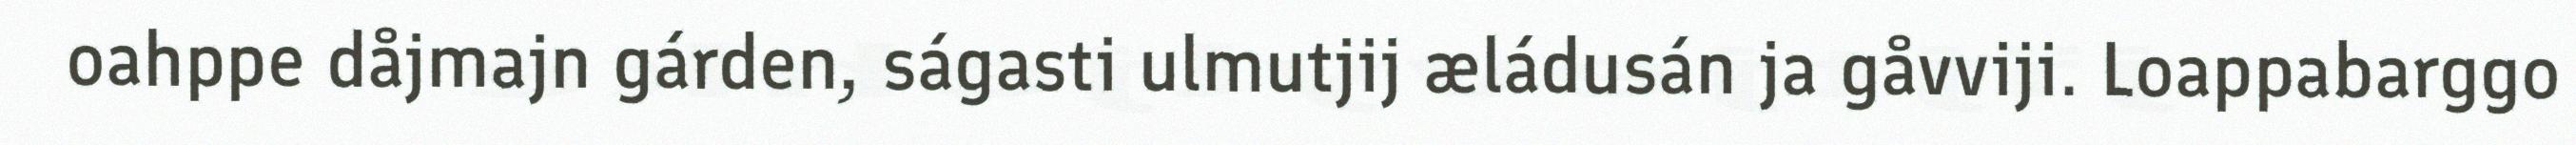
oahppe dåjmajn gárden, ságasti ulmutjij æládusán ja gåvviji. Loappabarggo